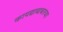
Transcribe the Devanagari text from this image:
कायद्याबाबतच्या